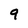
Character: 9